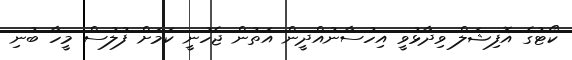
ކޯޓުގެ އޮފިޝަލް ވިދާޅުވީ އިހުސާނުއްދީން އަތުން ޖެހުނީ ކަމަށް ފުލުސް މީހާ ބުނި